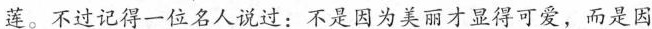
莲。不过记得一位名人说过：不是因为美丽才显得可爱，而是因